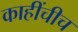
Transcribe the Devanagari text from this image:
काहींचीच